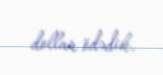
dollar ödədik.